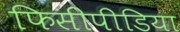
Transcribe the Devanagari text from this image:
फिसीपीडिया